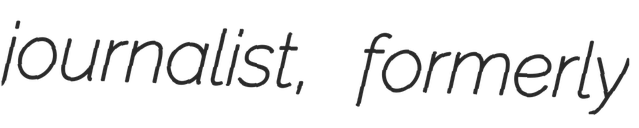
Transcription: journalist, formerly